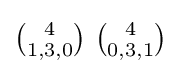
\textstyle {4 \choose 1,3,0}\ {4 \choose 0,3,1}